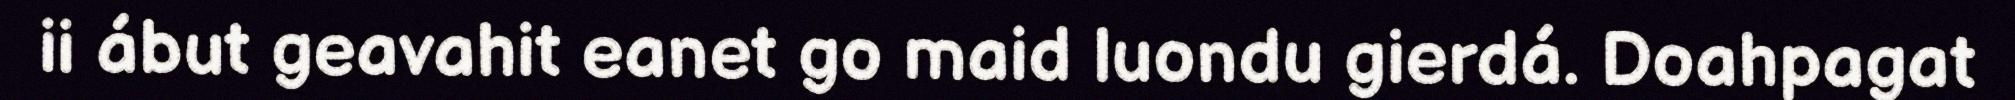
ii ábut geavahit eanet go maid luondu gierdá. Doahpagat